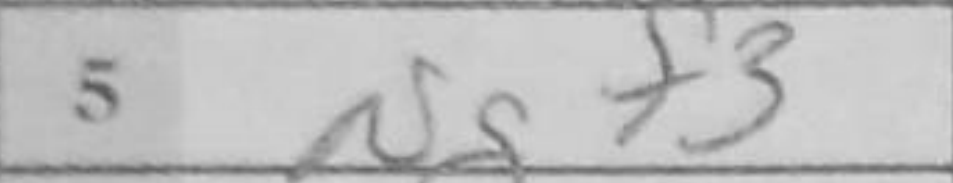
Transcription: Ngf3